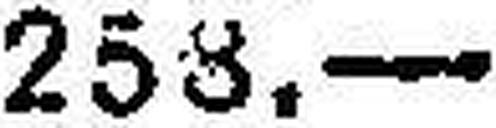
253.—